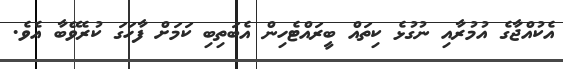
އެކުއްޖާގެ އުމުރާއި ނުގުޅެ ކިތައް ބީރައްޓެހިން އެބަތިބި ކަމަށް ފާހަގަ ކުރެވޭބާ އެވެ.